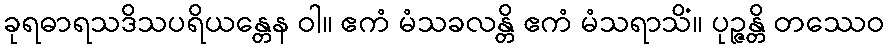
ခုရဓာရသဒိသပရိယန္တေန ဝါ။ ဧကံ မံသခလန္တိ ဧကံ မံသရာသိံ။ ပုဉ္ဇန္တိ တဿေဝ